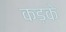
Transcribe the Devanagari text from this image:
कड़के